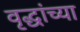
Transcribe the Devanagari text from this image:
वृद्धांच्या